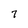
Character: 7